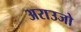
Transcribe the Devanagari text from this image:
अराउजो